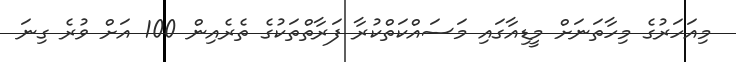
މިއަހަރުގެ މިހާތަނަށް މީޑިއާގައި މަސައްކަތްކުރާ ފަރާތްތަކުގެ ތެރެއިން 100 އަށް ވުރެ ގިނަ